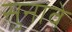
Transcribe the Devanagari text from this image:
सुनावे